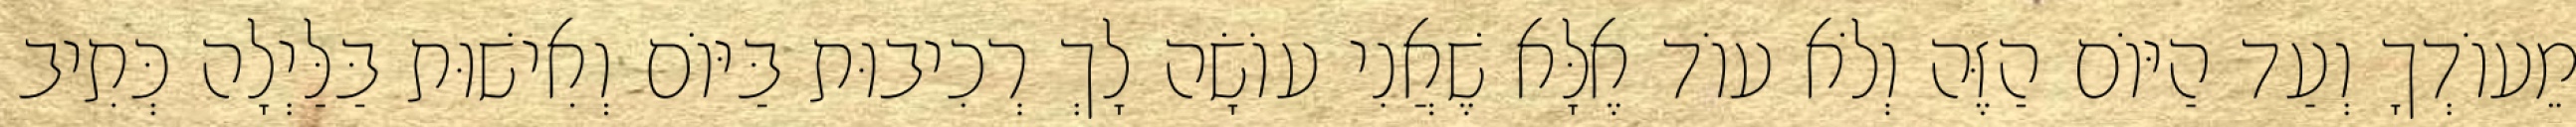
מֵעוֹדְךָ וְעַד הַיּוֹם הַזֶּה וְלֹא עוֹד אֶלָּא שֶׁאֲנִי עוֹשָׂה לָךְ רְכִיבוּת בַּיּוֹם וְאִישׁוּת בַּלַּיְלָה כְּתִיב